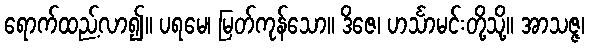
ရောက်ထည့်လာ၍။ ပရမေ၊ မြတ်ကုန်သော။ ဒိဇေ၊ ဟင်္သာမင်းတို့သို့။ အာသဇ္ဇ၊